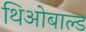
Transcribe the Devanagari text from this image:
थिओबाल्ड